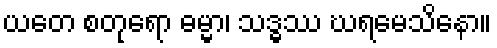
ယတေ စတုရော ဓမ္မာ၊ သဒ္ဓဿ ဃရမေသိနော။